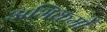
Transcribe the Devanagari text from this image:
अभिकर्मो